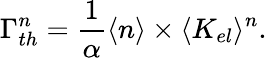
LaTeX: \Gamma_{th}^{n}=\frac{1}{\alpha}\langle n\rangle\times\langle K_{el}\rangle^{n}.